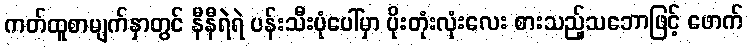
ကတ်ထူစာမျက်နှာတွင် နီနီရဲရဲ ပန်းသီးပုံပေါ်မှာ ပိုးတုံးလုံးလေး စားသည့်သဘောဖြင့် ဖောက်